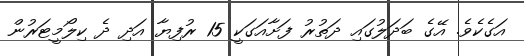
އަގެކެވެ. އޭގެ ބަދަލުގައި ދަތުރު ފަށާއަގަކީ 15 ރުފިޔާ އަދި ދެ ކިލޯމީޓަރުން